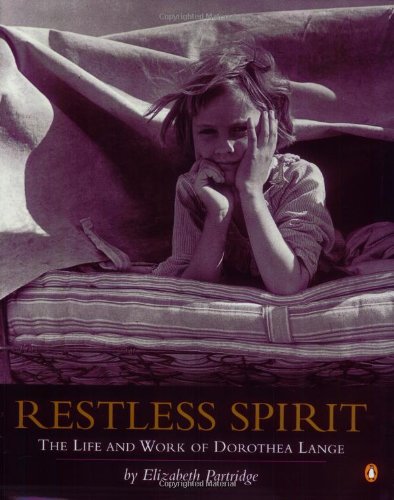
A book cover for Restless Spirit: The Life and Work of Dorothea Lange; Elizabeth Partridge; Children's Books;